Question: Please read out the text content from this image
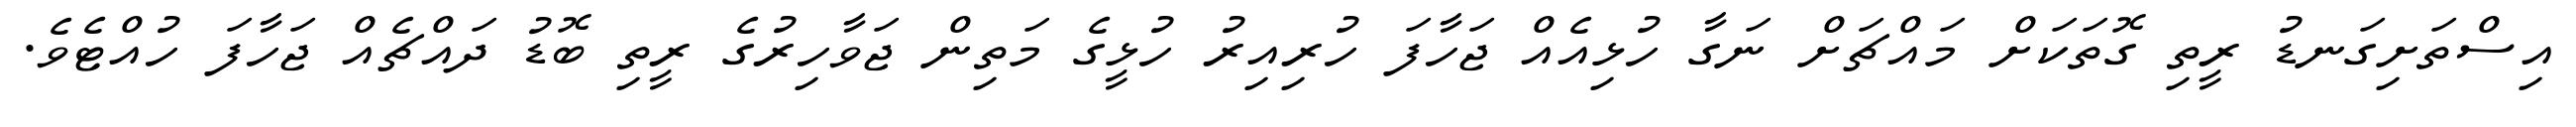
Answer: އިސްތަށިގަނޑު ރީތި ގޮތަކަށް މައްޗަށް ނަގާ ހުޅިއެއް ޖަހާފަ ހުރިއިރު ހުޅީގެ މަތިން ޖަވާހިރުގެ ރީތި ބޮޑު ދައްޗެއް ޖަހާފަ ހުއްޓެވެ.